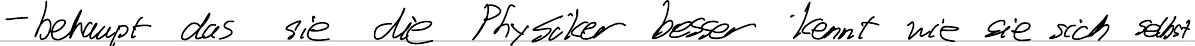
- behaupt das sie die Physiker besser kennt wie sie sich selbst